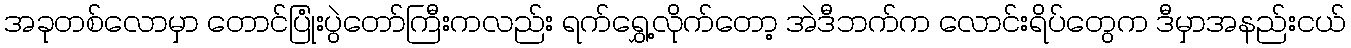
အခုတစ်လောမှာ တောင်ပြုံးပွဲတော်ကြီးကလည်း ရက်ရွှေ့လိုက်တော့ အဲဒီဘက်က လောင်းရိပ်တွေက ဒီမှာအနည်းငယ်